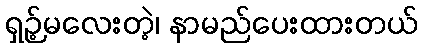
ရှဉ့်မလေးတဲ့၊ နာမည်ပေးထားတယ်